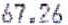
67.26